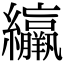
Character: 䌴